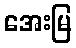
အေးမြ